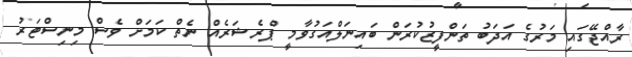
ރާއްޖޭގައި މަރުގެ އަދަބު ތަންފީޒުކުރަން ބައިނަލްއަގުވާމީ ޕްރެޝަރެއް ނެތް ކަމަށް ވެސް މިނިސްޓަރު